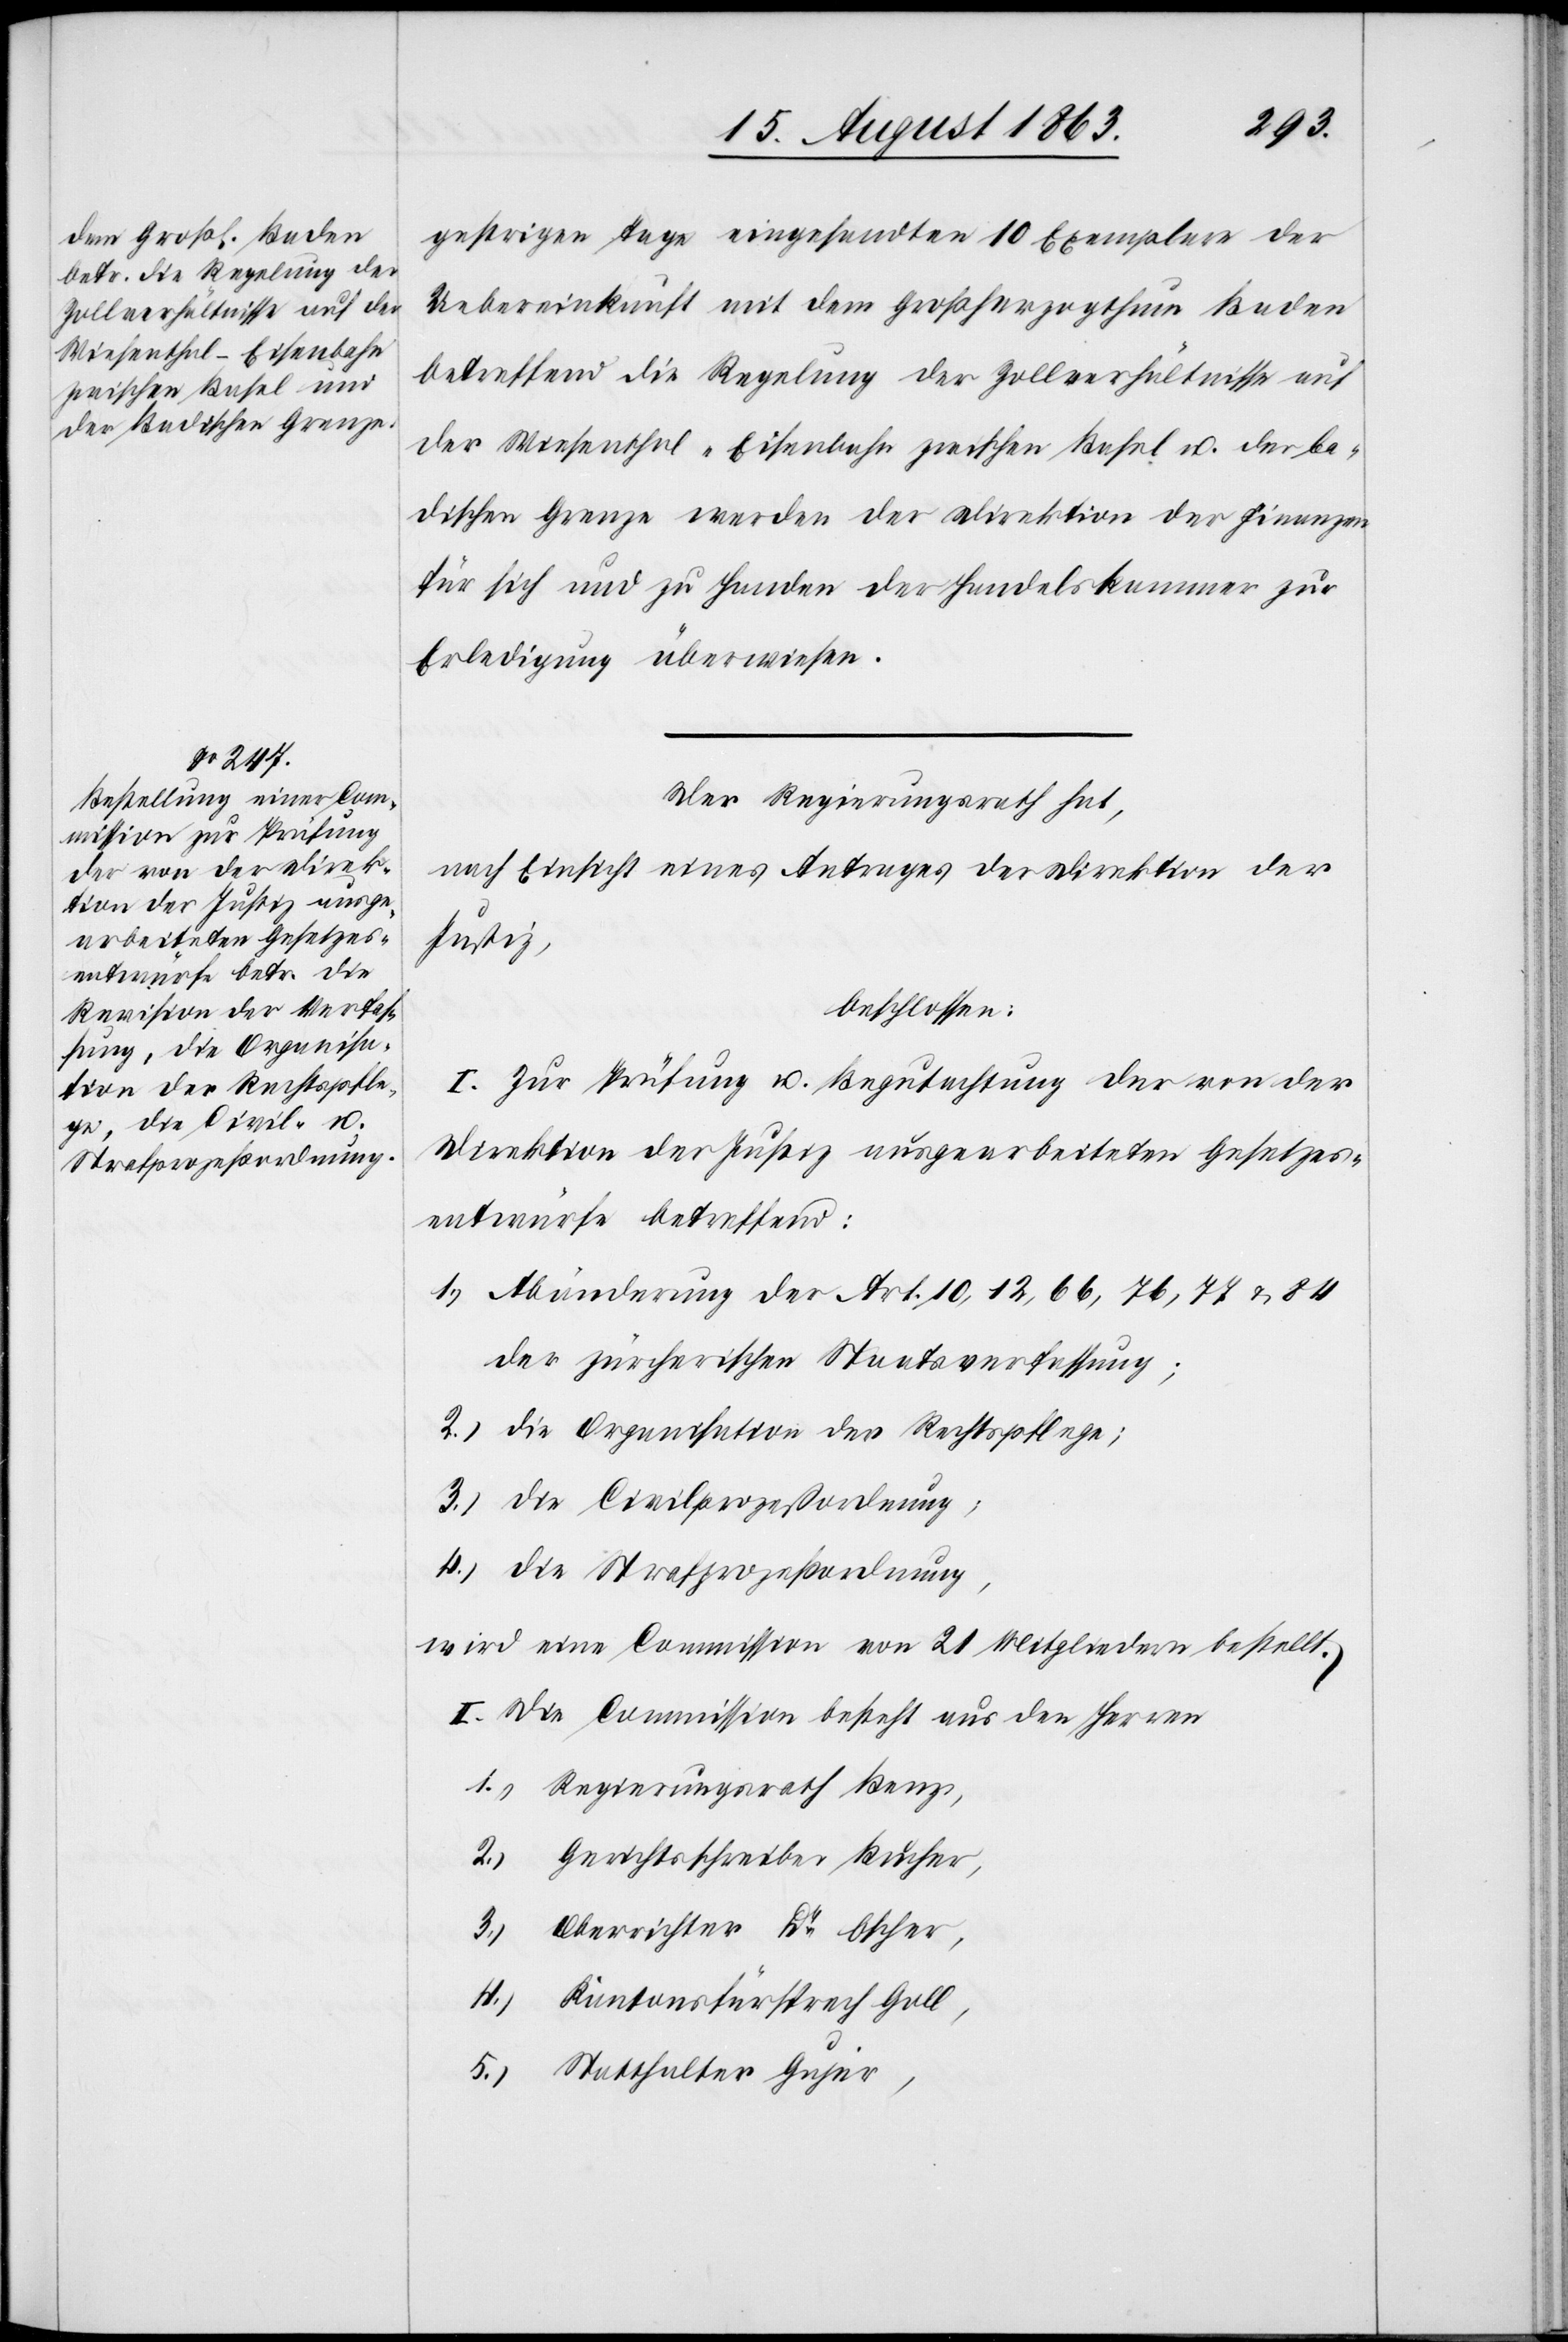
gestrigen Tage eingesandten 10 Exemplare der
Uebereinkunft mit dem Großherzogthum Baden
betreffend die Regelung der Zollverhältnisse auf
der Wiesenthal-Eisenbahn zwischen Basel u. der ba¬
dischen Grenze werden der Direktion der Finanzen
für sich und zu Handen der Handelskammer zur
Erledigung überwiesen.
Der Regierungsrath hat,
nach Einsicht eines Antrages der Direktion der
Justiz,
beschlossen:
I. Zur Prüfung u. Begutachtung der von der
Direktion der Justiz ausgearbeiteten Gesetzes¬
entwürfe betreffend:
1.) Abänderung der Art. 10, 12, 66, 76, 77 & 84
der zürcherischen Staatsverfassung;
2.) die Organisation der Rechtspflege;
3.) die Civilprozeßordnung;
4.) die Strafprozeßordnung,
wird eine Commission von 21 Mitgliedern bestellt.
II. Die Commission besteht aus den Herren
1.) Regierungsrath Benz,
2.) Gerichtsschreiber Bucher,
3.) Oberrichter Dr Escher,
4.) Kantonsfürsprech Goll,
5.) Statthalter Gujer,